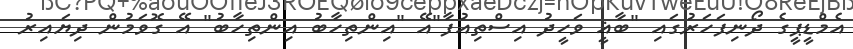
އެމްޑީޕީގެ ދޯނިފަހަރުގައި "ބާޣީ ވަހީދު އިސްތިއުފާ"އޭ "އިންތިހާބު އިންތިހާބު" އޭ ގޮވަމުން ދިޔައިރު